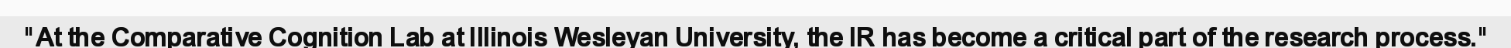
"At the Comparative Cognition Lab at Illinois Wesleyan University, the IR has become a critical part of the research process."